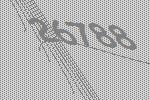
26788